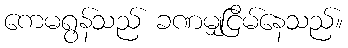
ကေမရွန်သည် ခဏမျှငြိမ်နေသည်။